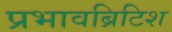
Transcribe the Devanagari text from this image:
प्रभावब्रिटिश